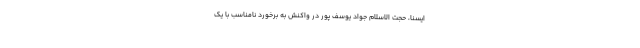
ایسنا، حجت الاسلام جواد یوسف پور در واکنش به برخورد نامناسب با یک